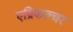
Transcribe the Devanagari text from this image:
एग्रिकल्चर